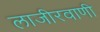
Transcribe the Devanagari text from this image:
लाजीरवाणी